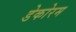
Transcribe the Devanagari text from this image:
डेकोरम